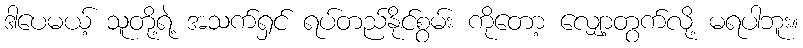
ဒါပေမယ့် သူတို့ရဲ့ အသက်ရှင် ရပ်တည်နိုင်စွမ်း ကိုတော့ လျှော့တွက်လို့ မရပါဘူး။